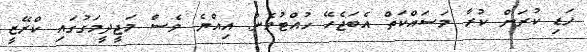
ހަޑި ކުރަން ކުރާ މަސައްކަތް އެބަޖެހޭ ހުއްޓުވެން. އިއްޔެ ވެސް މަޖީދީމަގުގައި ކްރޭޒީ